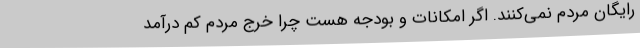
رایگان مردم نمی‌کنند. اگر امکانات و بودجه هست چرا خرج مردم کم درآمد